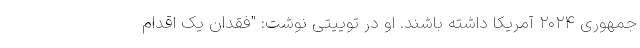
جمهوری ۲۰۲۴ آمریکا داشته باشند. او در توییتی نوشت: "فقدان یک اقدام